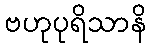
ဗဟုပုရိသာနိ